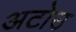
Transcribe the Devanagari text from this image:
अटोउ